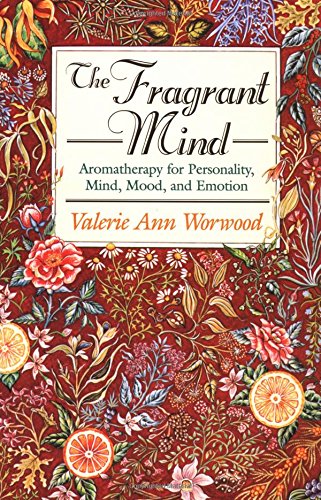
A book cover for The Fragrant Mind: Aromatherapy for Personality, Mind, Mood and Emotion; Valerie Ann Worwood; Health, Fitness & Dieting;